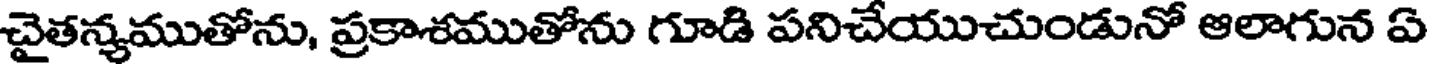
చైతన్యముతోను, ప్రకాశముతోను గూడి పనిచేయుచుండునో ఆలాగున ఏ